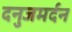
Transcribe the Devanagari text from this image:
दनुजमर्दन